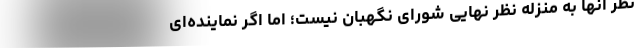
نظر آنها به منزله نظر نهایی شورای نگهبان نیست؛ اما اگر نماینده‌ای